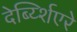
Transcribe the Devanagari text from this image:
देर्ब्य्शिएरे